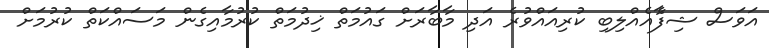
އަވަސް ޝިފާެއެއްލިބި ކުރިއައްވުރެ އަދި މާބާރަށް ގައުމަތް ޚިދުމަތް ކުރުމާއިގެން މަސައްކަތް ކުރުމަށް